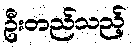
ဦးတည်သည့်